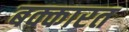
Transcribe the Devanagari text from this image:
बक्कारत